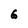
Character: G